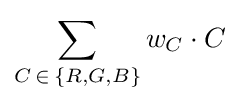
\sum _{C\,\in \,\{R,G,B\}}w_{C}\cdot C